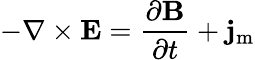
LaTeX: -\nabla\times\mathbf{E}={\frac{\partial\mathbf{B}}{\partial t}}+\mathbf{j}_{\mathrm{m}}